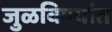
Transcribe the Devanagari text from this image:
जुळविण्यांत